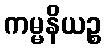
ကမ္မနိယဉ္စ